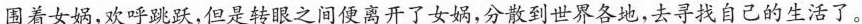
围着女娲，欢呼跳跃，但是转眼之间便离开了女娲，分散到世界各地，去寻找自己的生活了。